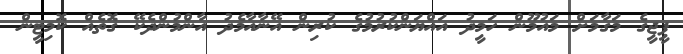
ޕީޖީގެ މަގާމަށް މައުމޫން ހަމީދު އައްޔަންކުރުމުގެ ކުރިން އޭނާއާމެދު އާންމުންދެކޭ ގޮތެއް ކޮމިޓީން